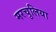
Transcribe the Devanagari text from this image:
मरचुलिया